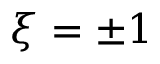
\xi = \pm 1